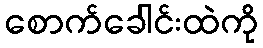
စောက်ခေါင်းထဲကို